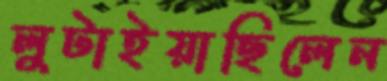
লুটাইয়াছিলেন